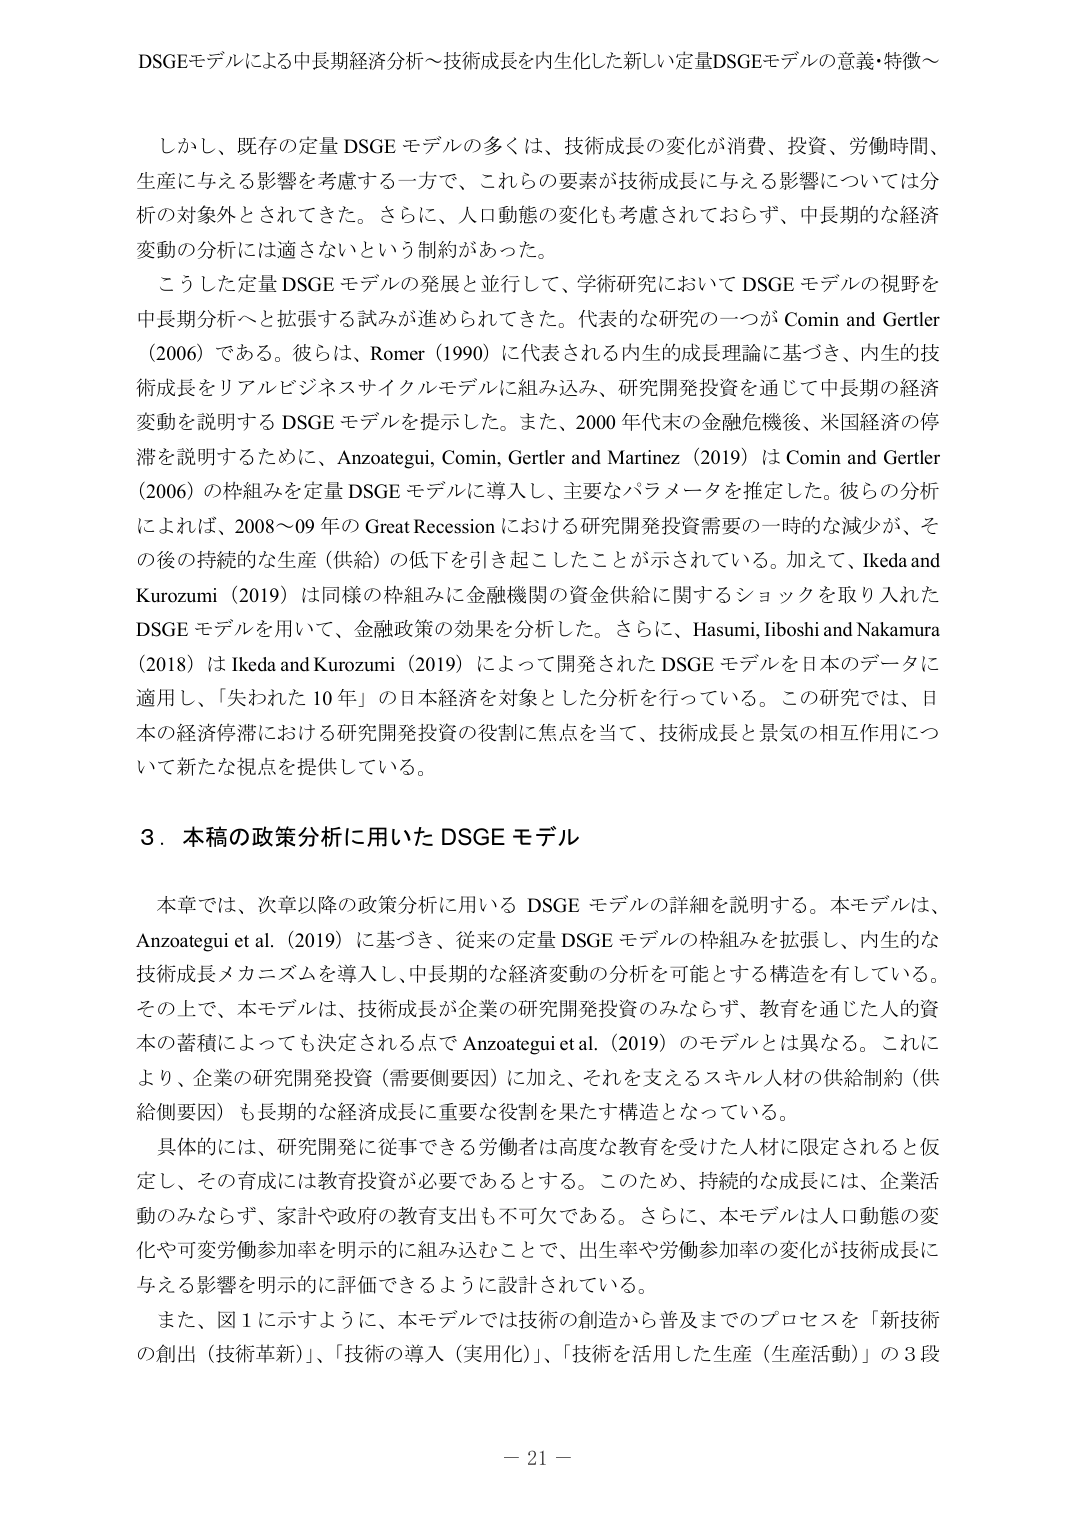
DSGEモデルによる中長期経済分析～技術成長を内生化した新しい定量DSGEモデルの意義・特徴～

しかし、既存の定量 DSGE モデルの多くは、技術成長の変化が消費、投資、労働時間、
生産に与える影響を考慮する一方で、これらの要素が技術成長に与える影響については分
析の対象外とされてきた。さらに、人口動態の変化も考慮されておらず、中長期的な経済
変動の分析には適さないという制約があった。
こうした定量 DSGE モデルの発展と並行して、学術研究において DSGE モデルの視野を
中長期分析へと拡張する試みが進められてきた。代表的な研究の一つが Comin and Gertler
（2006）である。彼らは、Romer（1990）に代表される内生的成長理論に基づき、内生的技
術成長をリアルビジネスサイクルモデルに組み込み、研究開発投資を通じて中長期の経済
変動を説明する DSGE モデルを提示した。また、2000 年代末の金融危機後、米国経済の停
滞を説明するために、Anzoategui, Comin, Gertler and Martinez（2019）は Comin and Gertler
（2006）の枠組みを定量 DSGE モデルに導入し、主要なパラメータを推定した。彼らの分析
によれば、2008～09 年の Great Recession における研究開発投資需要の一時的な減少が、そ
の後の持続的な生産（供給）の低下を引き起こしたことが示されている。加えて、Ikeda and
Kurozumi（2019）は同様の枠組みに金融機関の資金供給に関するショックを取り入れた
DSGE モデルを用いて、金融政策の効果を分析した。さらに、Hasumi, Iiboshi and Nakamura
（2018）は Ikeda and Kurozumi（2019）によって開発された DSGE モデルを日本のデータに
適用し、「失われた 10 年」の日本経済を対象とした分析を行っている。この研究では、日
本の経済停滞における研究開発投資の役割に焦点を当て、技術成長と景気の相互作用につ
いて新たな視点を提供している。

３．本稿の政策分析に用いた DSGE モデル

本章では、次章以降の政策分析に用いる DSGE モデルの詳細を説明する。本モデルは、
Anzoategui et al.（2019）に基づき、従来の定量 DSGE モデルの枠組みを拡張し、内生的な
技術成長メカニズムを導入し、中長期的な経済変動の分析を可能とする構造を有している。
その上で、本モデルは、技術成長が企業の研究開発投資のみならず、教育を通じた人的資
本の蓄積によっても決定される点で Anzoategui et al.（2019）のモデルとは異なる。これに
より、企業の研究開発投資（需要側要因）に加え、それを支えるスキル人材の供給制約（供
給側要因）も長期的な経済成長に重要な役割を果たす構造となっている。
具体的には、研究開発に従事できる労働者は高度な教育を受けた人材に限定されると仮
定し、その育成には教育投資が必要であるとする。このため、持続的な成長には、企業活
動のみならず、家計や政府の教育支出も不可欠である。さらに、本モデルは人口動態の変
化や可変労働参加率を明示的に組み込むことで、出生率や労働参加率の変化が技術成長に
与える影響を明示的に評価できるように設計されている。
また、図１に示すように、本モデルでは技術の創造から普及までのプロセスを「新技術
の創出（技術革新）」、「技術の導入（実用化）」、「技術を活用した生産（生産活動）」の３段

－ 21 －